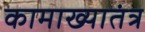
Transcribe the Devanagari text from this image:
कामाख्यातंत्र